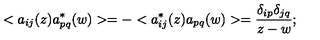
< a _ { i j } ( z ) a _ { p q } ^ { * } ( w ) > = - < a _ { i j } ^ { * } ( z ) a _ { p q } ( w ) > = \frac { \delta _ { i p } \delta _ { j q } } { z - w } ;